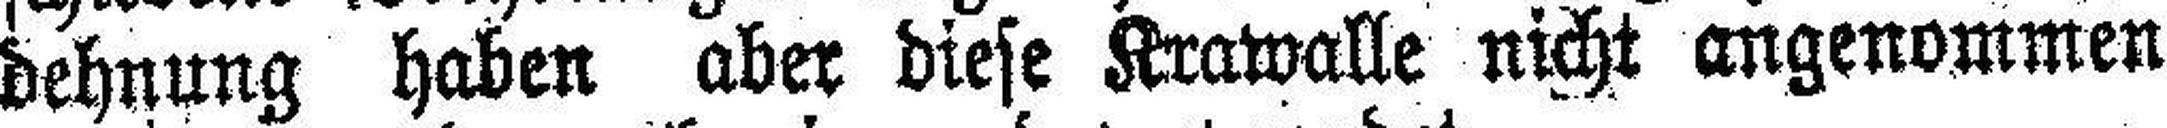
dehnung haben aber diese Krawalle nicht angenommen